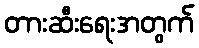
တားဆီးရေးအတွက်